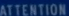
ATTENTION